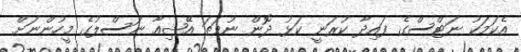
އެކަމަކު ނަޓްސްގެ ފައިދާ ކުރަނީ ކަޅު ދޮން ނުވަތަ އޭޝިއާ ނަސްލުގެ މީހުންނަށް